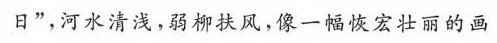
日”，河水清浅，弱柳扶风，像一幅恢宏壮丽的画